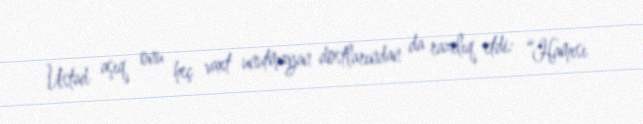
Ustad aşıq onu heç vaxt unutmayan dostlarından da razılıq etdi: “Hamısı